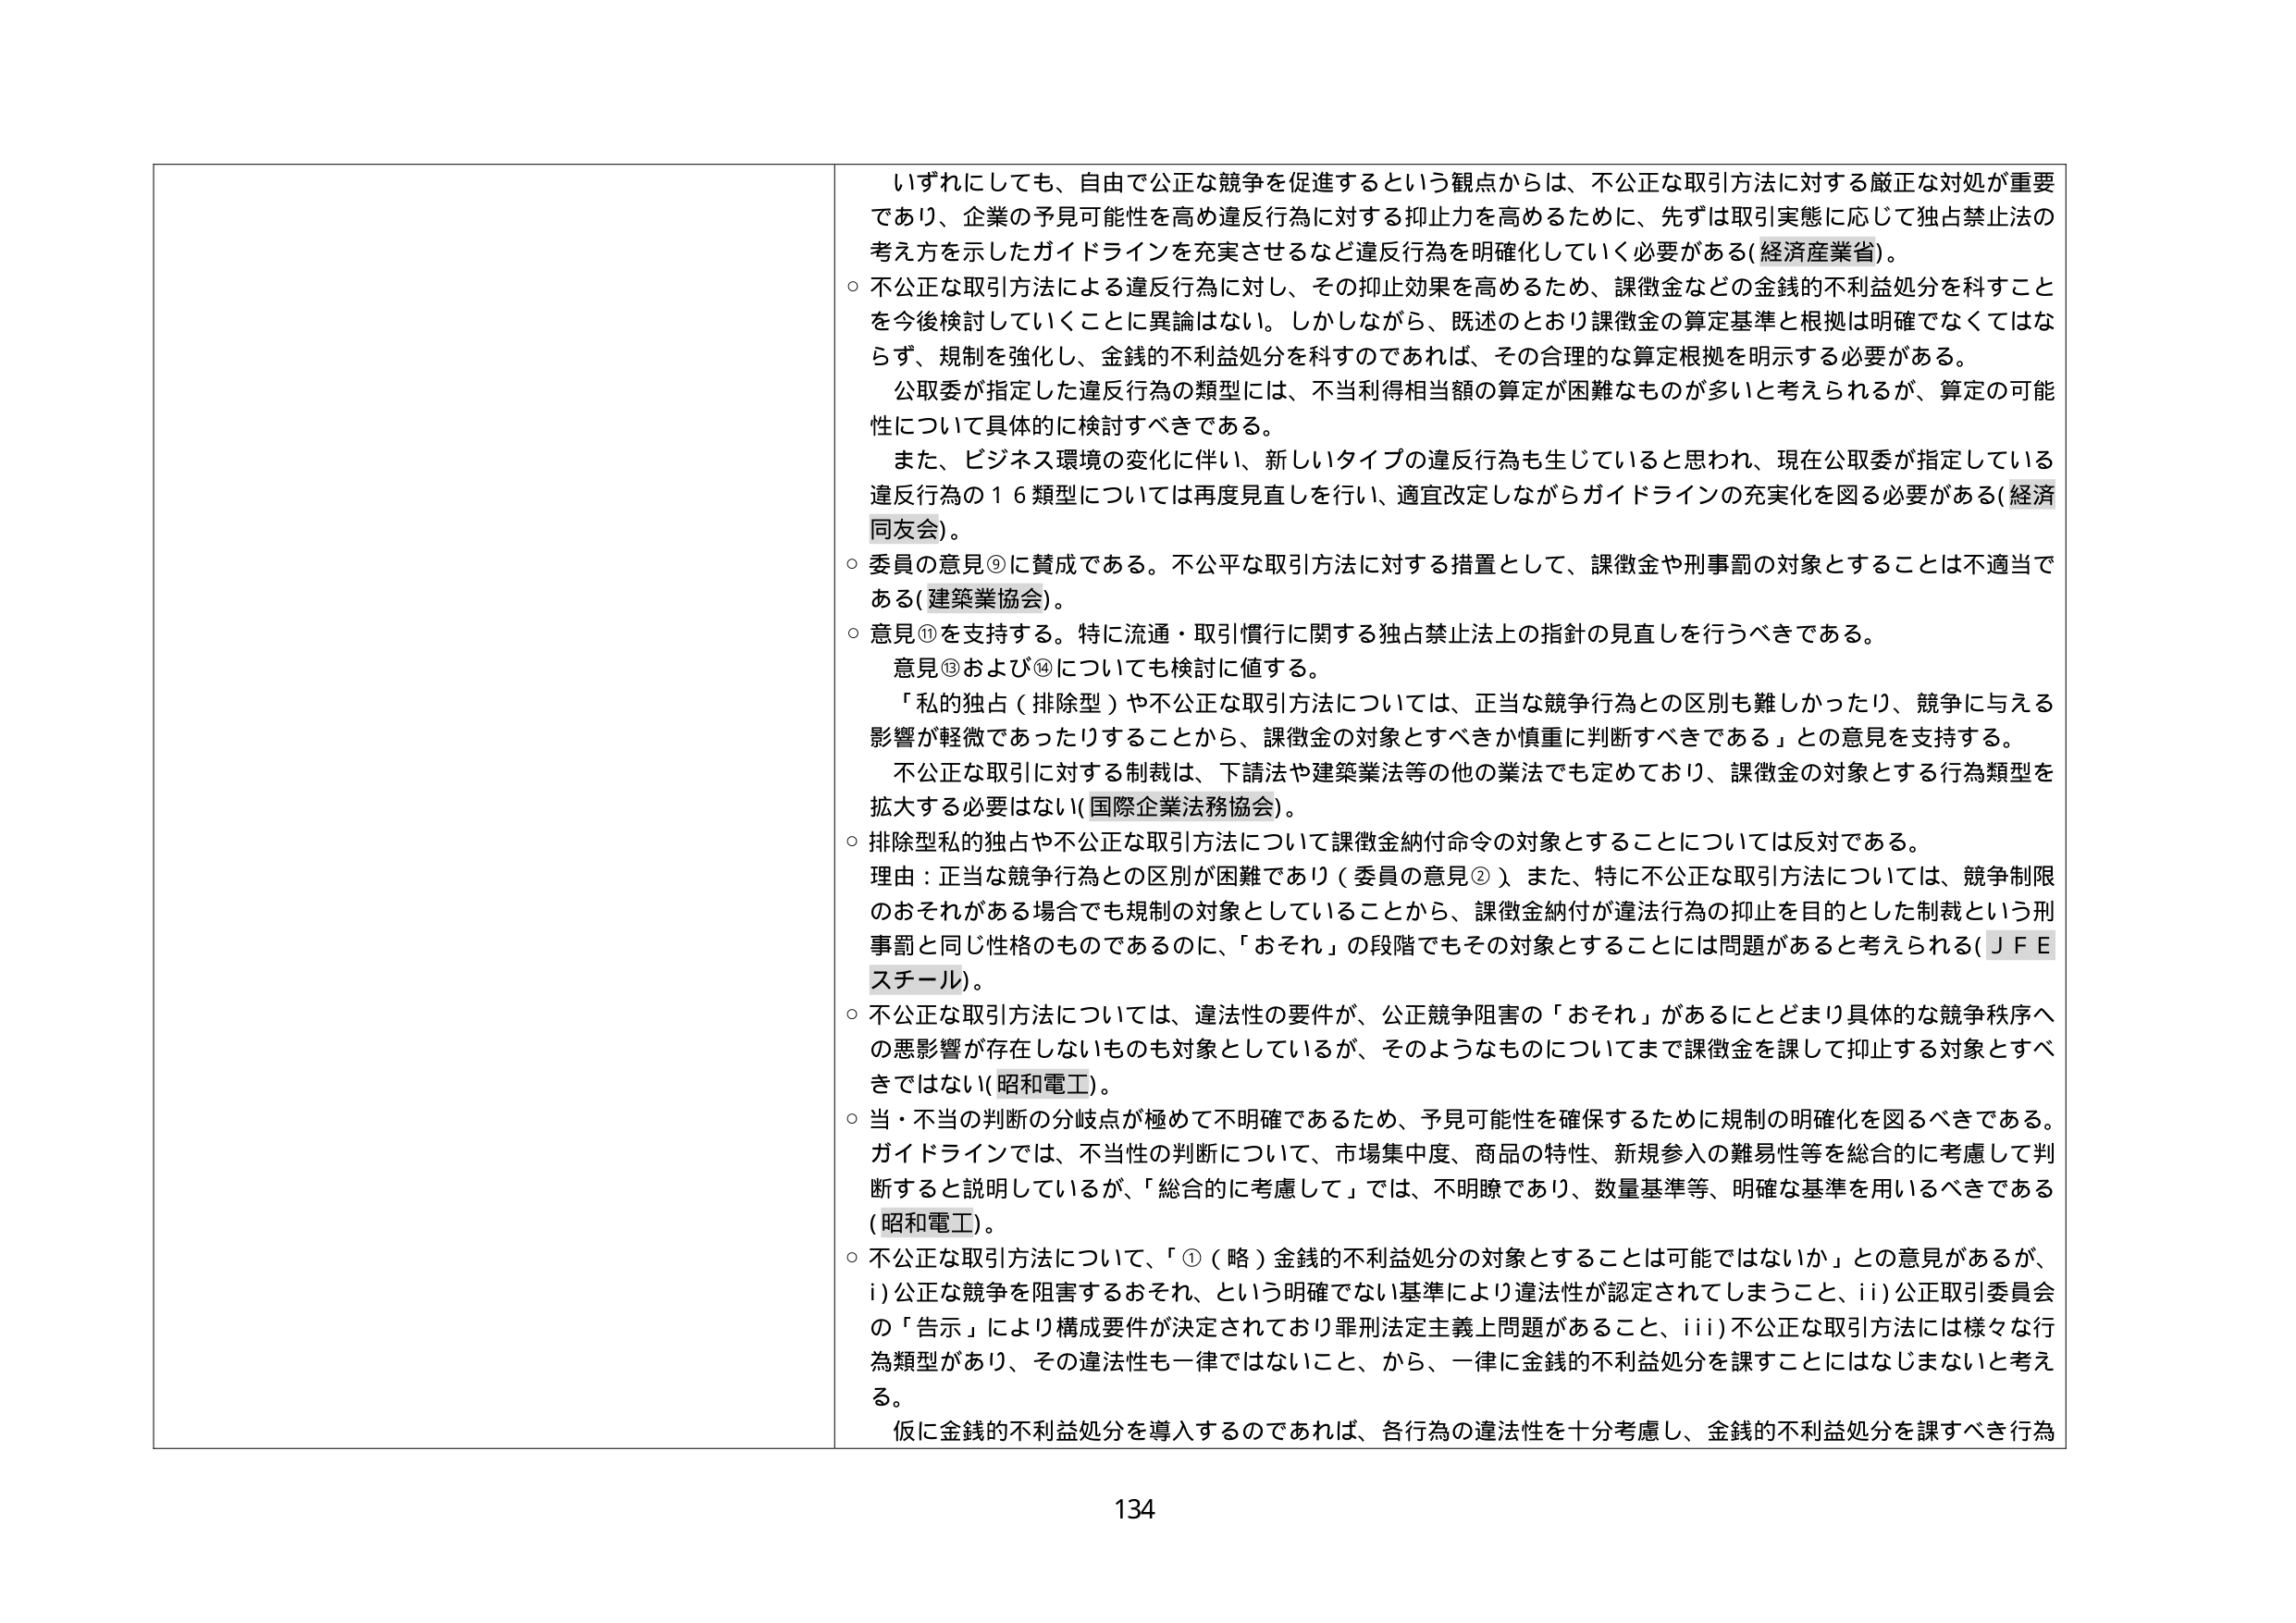
いずれにしても、自由で公正な競争を促進するという観点からは、不公正な取引方法に対する厳正な対処が重要であり、企業の予見可能性を高め違反行為に対する抑止力を高めるために、先ずは取引実態に応じて独占禁止法の考え方を示したガイドラインを充実させるなど違反行為を明確化していく必要がある（経済産業省）。

○ 不公正な取引方法による違反行為に対し、その抑止効果を高めるため、課徴金などの金銭的不利益処分を科すことを今後検討していくことに異論はない。しかしながら、既述のとおり課徴金の算定基準と根拠は明確でなくてはならず、規制を強化し、金銭的不利益処分を科すのであれば、その合理的な算定根拠を明示する必要がある。

　公取委が指定した違反行為の類型には、不当利得相当額の算定が困難なものが多いと考えられるが、算定の可能性について具体的に検討すべきである。

　また、ビジネス環境の変化に伴い、新しいタイプの違反行為も生じていると思われ、現在公取委が指定している違反行為の１６類型については再度見直しを行い、適宜改定しながらガイドラインの充実化を図る必要がある（経済同友会）。

○ 委員の意見⑨に賛成である。不公平な取引方法に対する措置として、課徴金や刑事罰の対象とすることは不適当である（建築業協会）。

○ 意見⑪を支持する。特に流通・取引慣行に関する独占禁止法上の指針の見直しを行うべきである。

　意見⑬および⑭についても検討に値する。

　「私的独占（排除型）や不公正な取引方法については、正当な競争行為との区別も難しかったり、競争に与える影響が軽微であったりすることから、課徴金の対象とすべきか慎重に判断すべきである」との意見を支持する。

　不公正な取引に対する制裁は、下請法や建築業法等の他の業法でも定めており、課徴金の対象とする行為類型を拡大する必要はない（国際企業法務協会）。

○ 排除型私的独占や不公正な取引方法について課徴金納付命令の対象とすることについては反対である。

　理由：正当な競争行為との区別が困難であり（委員の意見②）、また、特に不公正な取引方法については、競争制限のおそれがある場合でも規制の対象としていることから、課徴金納付が違法行為の抑止を目的とした制裁という刑事罰と同じ性格のものであるのに、「おそれ」の段階でもその対象とすることは問題があると考えられる（ＪＦＥスチール）。

○ 不公正な取引方法については、違法性の要件が、公正競争阻害の「おそれ」があるにとどまり具体的な競争秩序への悪影響が存在しないものも対象としているが、そのようなものについてまで課徴金を課して抑止する対象とすべきではない（昭和電工）。

○ 当・不当の判断の分岐点が極めて不明確であるため、予見可能性を確保するために規制の明確化を図るべきである。ガイドラインでは、不当性の判断について、市場集中度、商品の特性、新規参入の難易性等を総合的に考慮して判断すると説明しているが、「総合的に考慮して」では、不明瞭であり、数量基準等、明確な基準を用いるべきである（昭和電工）。

○ 不公正な取引方法について、「①（略）金銭的不利益処分の対象とすることは可能ではないか」との意見があるが、
　i) 公正な競争を阻害するおそれ、という明確でない基準により違法性が認定されてしまうこと、
　ii) 公正取引委員会の「告示」により構成要件が決定されており罪刑法定主義上問題があること、
　iii) 不公正な取引方法には様々な行為類型があり、その違法性も一律ではないこと、
　から、一律に金銭的不利益処分を課すことにはなじまないと考える。

　仮に金銭的不利益処分を導入するのであれば、各行為の違法性を十分考慮し、金銭的不利益処分を課すべき行為

134